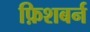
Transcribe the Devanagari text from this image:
फ़िशबर्न